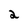
Character: 2